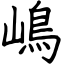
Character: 嶋